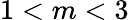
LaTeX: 1<m<3